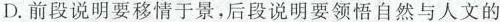
D.前段说明要移情于景，后段说明要领悟自然与人文的